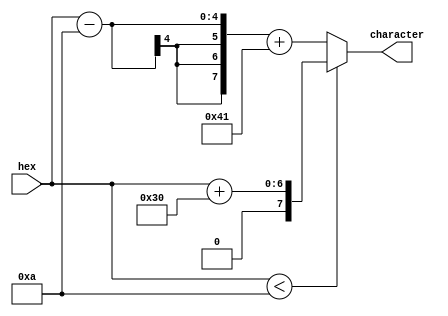
// This program was cloned from: https://github.com/zhanghai/archexp
// License: GNU General Public License v3.0

`timescale 1ns / 1ps

module HexCharacterConverter (
		input [3:0] hex,
		output [7:0] character
	);

	assign character = hex < 4'd10 ? hex + "0" : hex - 4'd10 + "A";
endmodule